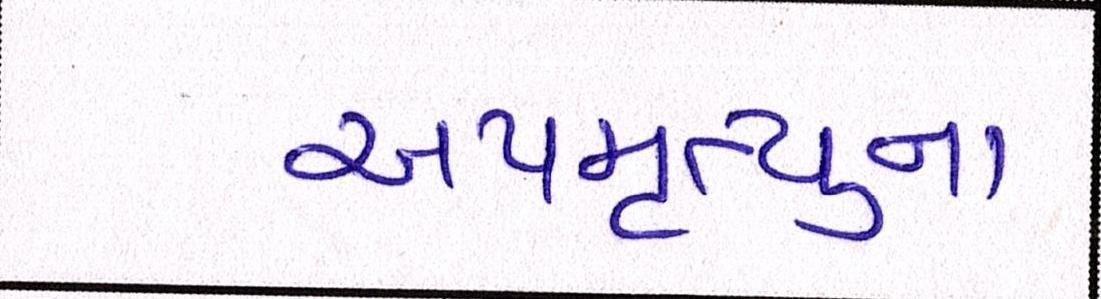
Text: અપમૃત્યુના